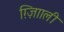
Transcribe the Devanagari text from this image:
ग़्ज़ाािली